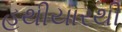
હથીયારથી